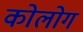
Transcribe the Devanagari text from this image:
कोलोग